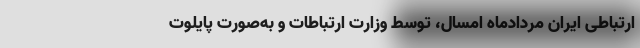
ارتباطی ایران مردادماه امسال، توسط وزارت ارتباطات و به‌صورت پایلوت